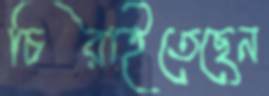
চিরাইতেছেন